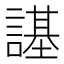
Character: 𧫠